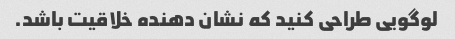
لوگویی طراحی کنید که نشان دهنده خلاقیت باشد.